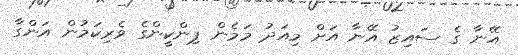
އޭނާ ގެ ސައިޒު އޭނާ އަށް މިއަދު މަމެން ޕިންކީންގެ ވެރިކަމުން އަންގާ